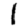
Digit: 1